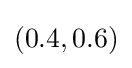
(0.4,0.6)